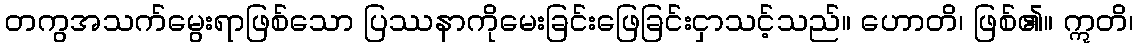
တကွအသက်မွေးရာဖြစ်သော ပြဿနာကိုမေးခြင်းဖြေခြင်းငှာသင့်သည်။ ဟောတိ၊ ဖြစ်၏။ ဣတိ၊